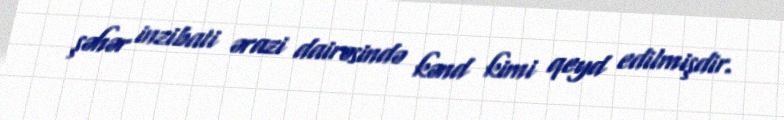
şəhər inzibati ərazi dairəsində kənd kimi qeyd edilmişdir.